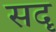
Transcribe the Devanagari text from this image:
सदृ